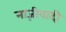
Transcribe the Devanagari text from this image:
नाज़ीवादी